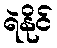
ရဲနိုင်